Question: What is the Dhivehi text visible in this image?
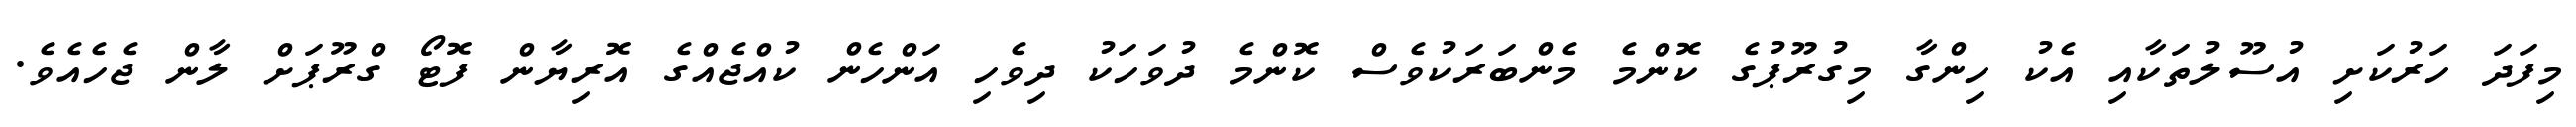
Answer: މިފަދަ ހަރުކަށި އުސޫލުތަކާއި އެކު ހިންގާ މިގުރޫޕުގެ ކޮންމެ މެންބަރަކުވެސް ކޮންމެ ދުވަހަކު ދިވެހި އަންހެން ކުއްޖެއްގެ އޮރިޔާން ފޮޓޯ ގްރޫޕަށް ލާން ޖެހެއެވެ.